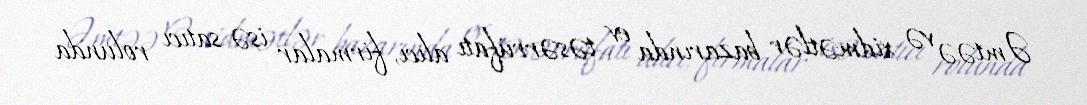
Əmtəə və xidmətlər bazarında ev təsərrüfatı alıcı, firmalar isə satıcı rolunda